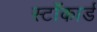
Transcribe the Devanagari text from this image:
स्टॉकार्ड